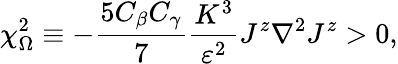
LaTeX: \chi_{\Omega}^{2}\equiv-\frac{5C_{\beta}C_{\gamma}}{7}\frac{K^{3}}{\varepsilon^{2}}J^{z}\nabla^{2}J^{z}>0,